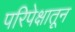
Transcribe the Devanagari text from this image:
परिपेक्षातून